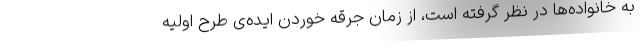
به خانواده‌ها در نظر گرفته است، از زمان جرقه خوردن ایده‌ی طرح اولیه